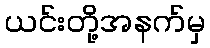
ယင်းတို့အနက်မှ